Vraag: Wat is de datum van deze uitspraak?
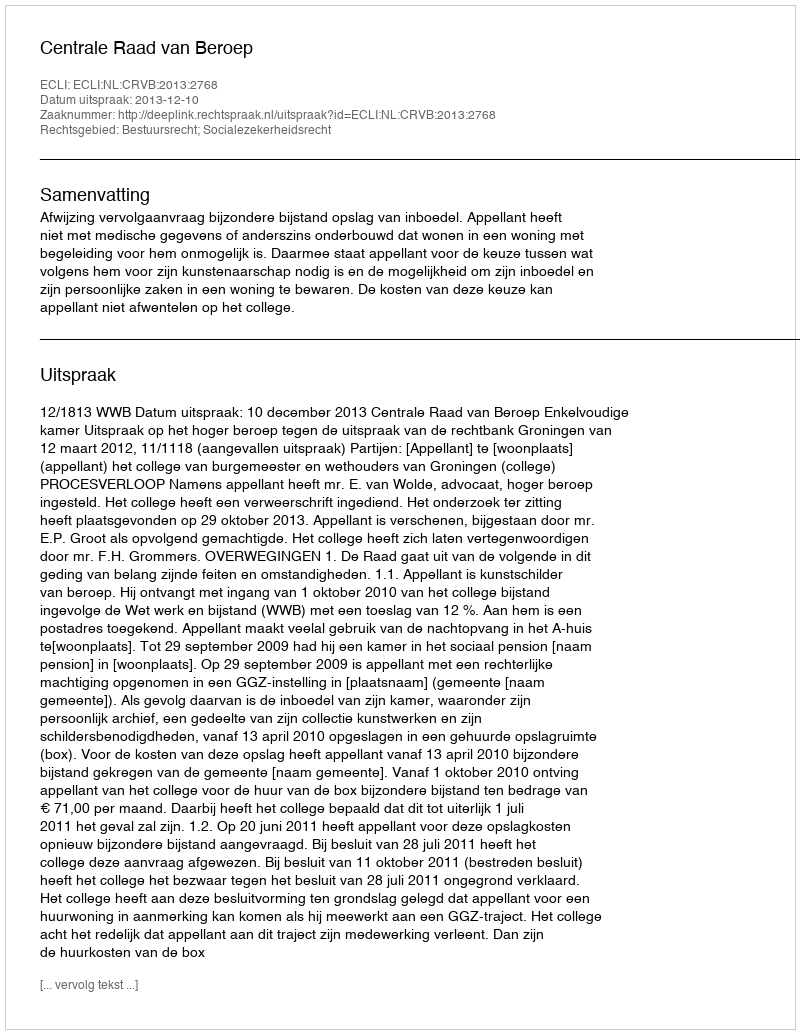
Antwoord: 2013-12-10